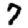
Digit: 7